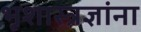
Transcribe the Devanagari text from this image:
भूशास्त्रज्ञांना